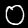
Label: 0